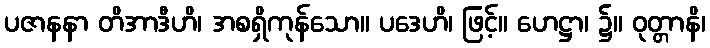
ပဇာနနာ တိအာဒီဟိ၊ အစရှိကုန်သော။ ပဒေဟိ၊ ဖြင့်။ ဟေဋ္ဌာ၊ ၌။ ဝုတ္တာနိ၊